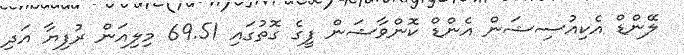
ލޭންޑް އެކިއުސިޝަން އެންޑް ކޮންވާޝަން ފީގެ ގޮތުގައި 69.51 މިލިއަން ރުފިޔާ އަދި